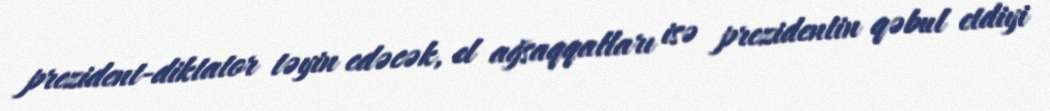
prezident-diktator təyin edəcək, el ağsaqqalları isə prezidentin qəbul etdiyi